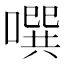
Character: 噀